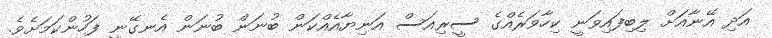
އަދި އޭނާއަށް ލިބިފައިވަނީ ކިހާވަރެއްގެ ސީރިއަސް އަނިޔާއެއްކަން ބުނަން ބުނަން އެނގޭނީ ފަހުންކަމަށެވެ.